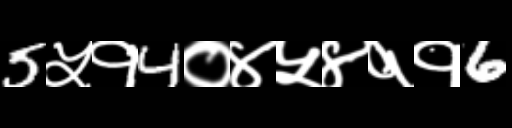
Text: 5५१4०४५४११6